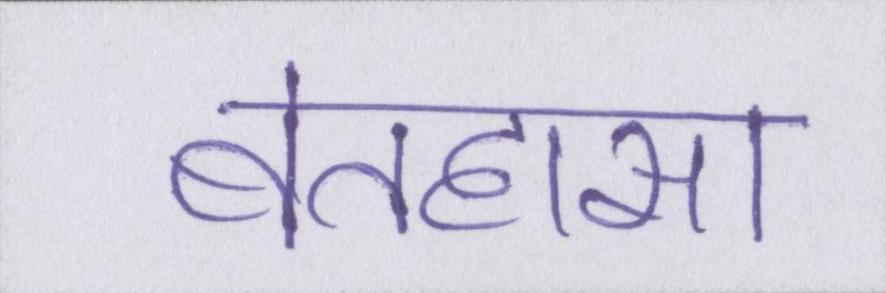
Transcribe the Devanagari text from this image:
बेतहासा